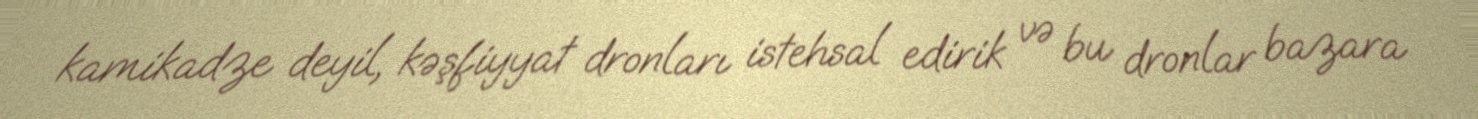
kamikadze deyil, kəşfiyyat dronları istehsal edirik və bu dronlar bazara